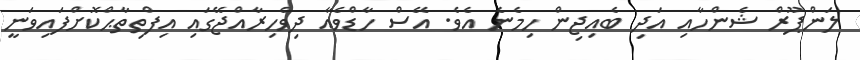
ލަންޕޫރް ޝެންހާއި އަދި ބެއިޖިން ހިމެނެ އެވެ. އޭސް ހާޑްވެއާ ދިވެހިރާއްޖޭގައި އިފްތިތާޙްކޮށްފައިވަނީ